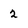
Character: 2